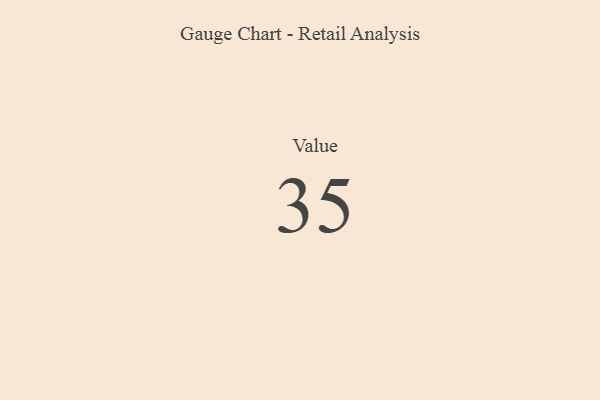
{"axis": {"x": "Metric", "y": "Value"}, "legend": [""], "data": [{"x": "Value", "y": 35, "type": ""}]}